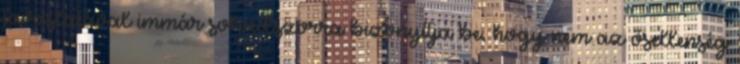
javaslatával immár sokadszorra bizonyítja be, hogy nem az ősellenség